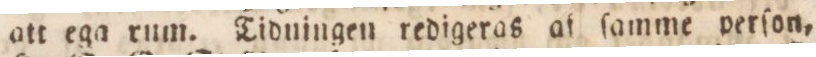
att ega rum. Tiduingen redigeras af ſamme perſon.